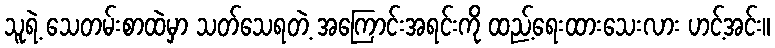
သူရဲ့ သေတမ်းစာထဲမှာ သတ်သေရတဲ့ အကြောင်းအရင်းကို ထည့်ရေးထားသေးလား ဟင့်အင်း။